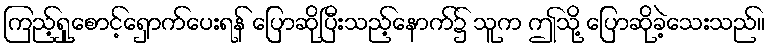
ကြည့်ရှုစောင့်ရှောက်ပေးရန် ပြောဆိုပြီးသည့်နောက်၌ သူက ဤသို့ ပြောဆိုခဲ့သေးသည်။